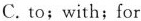
the weekend.